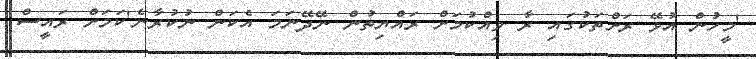
'މީހުން އުޅޭ ރަށްތަކުގައި ރާ ވިއްކުމަށް ރައްޔިތުން ނޭދޭނަމަ އެކަން ނުކުރާނެ'ކަމަށް ރައީސް